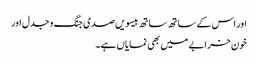
اور اس کے ساتھ ساتھ بیسویں صدی جنگ و جدل اور
خون خرابے میں بھی نمایاں ہے۔